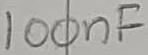
Text: 100nF